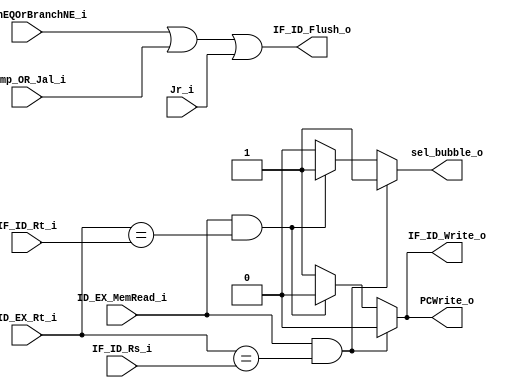
/******************************************************************
					// Mdulo de la Hazard Detection Unit  //
* Description: Aqu debemos resolver cuando meter un NOP o STALL
* a travs del Pipeline, controlando los enable de los registros
* y tamben haciendo FLUSH para eliminar instrucciones no deseadas
* por saltos y que se alcanzaron a introducir en el Pipe.

******************************************************************/

module HazardDetectionUnit
(					// Nombres en el TOP:
	input ID_EX_MemRead_i,		// ID_EX_MemRead_wire
	input [4:0] IF_ID_Rs_i,				// IF_ID_Instruction_wire[25:21]  // rs
	input [4:0] IF_ID_Rt_i,				// IF_ID_Instruction_wire[20:16]	 // rt
	input [4:0] ID_EX_Rt_i,				// ID_EX_rt_wire						 // rt
	input BranchEQOrBranchNE_i,		// BranchEQOrBranchNE_wire
	input Jump_OR_Jal_i,		 			// Jump_OR_Jal_wire
	input Jr_i,								//	Jr_zero
	
	output reg PCWrite_o,		// enable de PC
	output reg IF_ID_Write_o,	// enable de Register IF/ID
	output reg sel_bubble_o,	// selector de mux para poner 0's a las banderas de control
	output IF_ID_Flush_o			// selector de muxPreseteado entre ROM y registro IF/ID	
);
//

always@(*)begin

	if 		(	(ID_EX_MemRead_i) 
				 && (ID_EX_Rt_i == IF_ID_Rs_i)  )	
		begin
			 PCWrite_o = 1'b0;		// No se escriba el PC+4
			 IF_ID_Write_o = 1'b0;  // Para que No lea la sig. instruccin
			 sel_bubble_o = 1'b1; 	// Insertar 0's en las seales de COntrol (Stall)
		end
		
	else if  (	(ID_EX_MemRead_i)
				 && (ID_EX_Rt_i == IF_ID_Rt_i)  )
		begin
			 PCWrite_o = 1'b0;		// No se escriba el PC+4
			 IF_ID_Write_o = 1'b0;  // Para que No lea la sig. instruccin
			 sel_bubble_o = 1'b1; 	// Insertar 0's en las seales de COntrol (Stall)
		end
		
	else // ELSE
		begin
			 PCWrite_o = 1'b1;		// activa "como antes" 
			 IF_ID_Write_o = 1'b1;  // x2
			 sel_bubble_o = 1'b0; 	// x3
		end

end
//

////////////////	 Se decide si hay que hacer Flush!	 ////////////////

assign IF_ID_Flush_o = ( BranchEQOrBranchNE_i | Jump_OR_Jal_i	| Jr_i ); 
// Si hay bifurcacin de cualquier tipo queremos prender la bandera selector

endmodule